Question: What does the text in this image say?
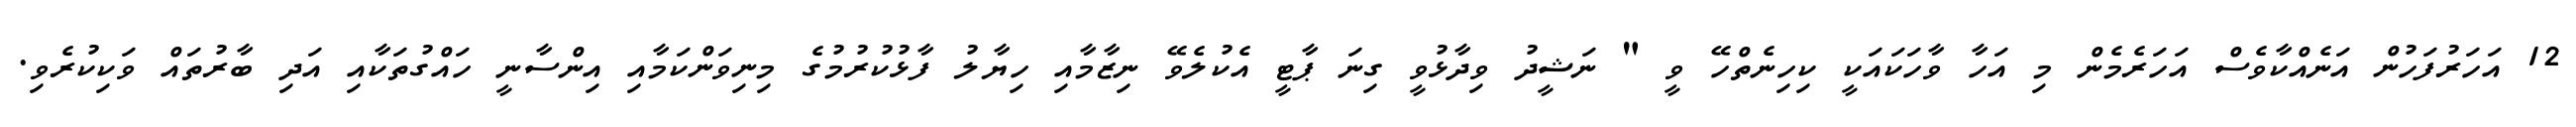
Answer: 12 އަހަރުފަހުން އަނެއްކާވެސް އަހަރެމެން މި އަހާ ވާހަކައަކީ ކިހިނެތްހޭ ވީ " ނަޝީދު ވިދާޅުވީ ގިނަ ޕާޓީ އެކުލެވޭ ނިޒާމާއި ހިޔާލު ފާޅުކުރުމުގެ މިނިވަންކަމާއި އިންސާނީ ހައްގުތަކާއި އަދި ބާރުތައް ވަކިކުރެވި.